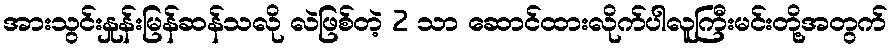
အားသွင်းနှုန်းမြန်ဆန်သလို လဲဖြစ်တဲ့ 2 သာ ဆောင်ထားလိုက်ပါလူကြီးမင်းတို့အတွက်